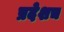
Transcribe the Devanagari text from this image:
प्रदेशच